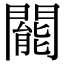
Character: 𨶙